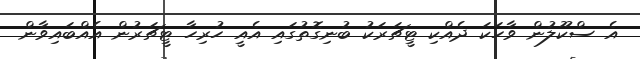
އެ ސްކޫލުން ވާހަކަ ދެއްކި ޓީޗަރަކު ބުނިގޮތުގައި އެއީ ހުރިހާ ޓީޗަރުން އެއްބައިވާން